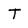
Character: T